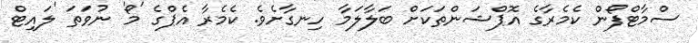
ސްމާޓްފޯން ކެމެރާގެ އޮޕްޝަންތަކަށް ބަލާލަމާ ހިނގާށެވެ. ކެމެރާ އެޕްގެ 'މޯ' ނުވަތަ 'ލައިޓް